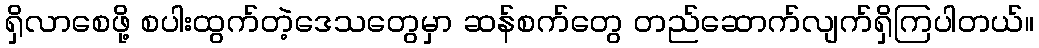
ရှိလာစေဖို့ စပါးထွက်တဲ့ဒေသတွေမှာ ဆန်စက်တွေ တည်ဆောက်လျက်ရှိကြပါတယ်။